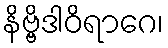
နိဗ္ဗိဒါဝိရာဂေ၊